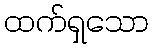
ထက်ရှသော